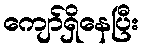
ကျော်ရှိနေပြီး